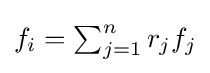
{\textstyle f_{i}=\sum _{j=1}^{n}r_{j}f_{j}}